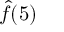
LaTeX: { \hat { f } } ( 5 )